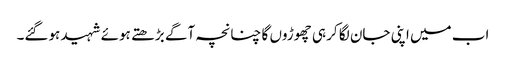
اب میں اپنی جان لگا کر ہی چھوڑوں گا چنانچہ آگے بڑھتے ہوئے شہید ہوگئے۔